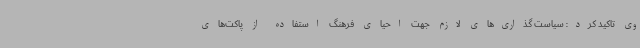
وی تاکید کرد: سیاست گذاری‌های لازم جهت احیای فرهنگ استفاده از پاکت‌های